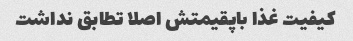
کیفیت غذا باپقیمتش اصلا تطابق نداشت